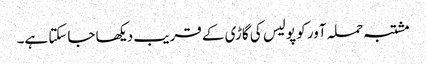
مشتبہ حملہ آور کو پولیس کی گاڑی کے قریب دیکھا جاسکتا ہے۔